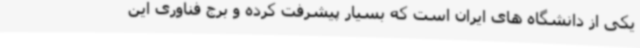
یکی از دانشگاه های ایران است که بسیار پیشرفت کرده و برج فناوری این